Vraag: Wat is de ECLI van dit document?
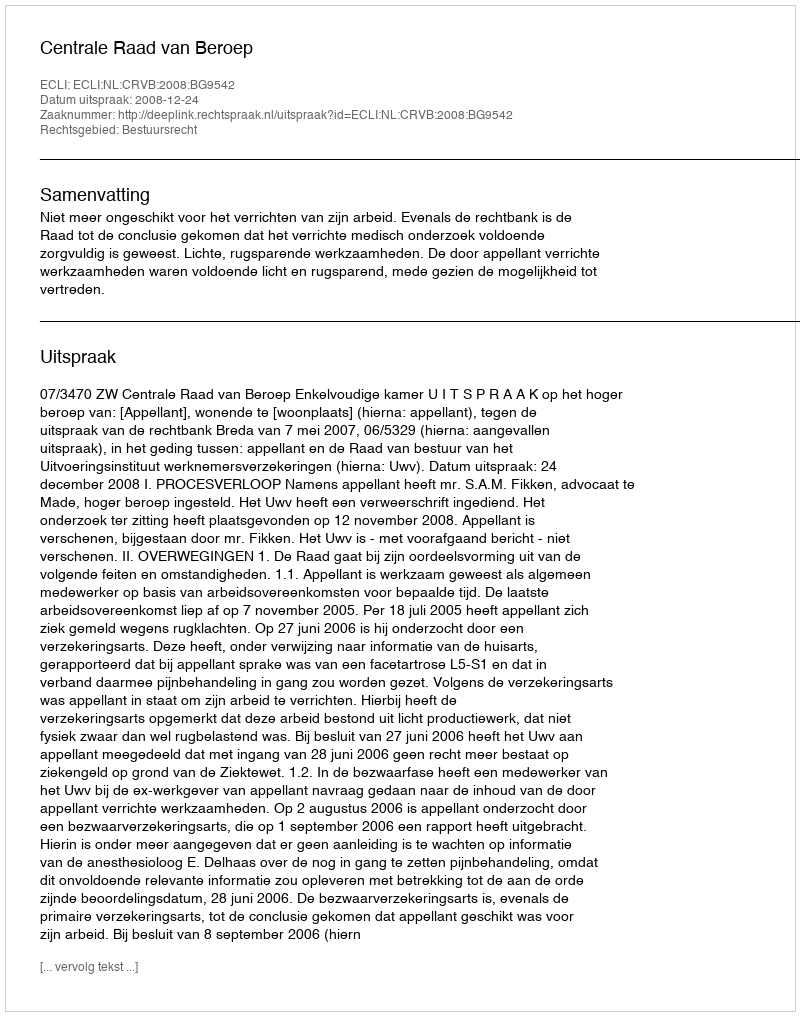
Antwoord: ECLI:NL:CRVB:2008:BG9542